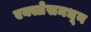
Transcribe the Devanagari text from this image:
एक्स्प्रेसमधून